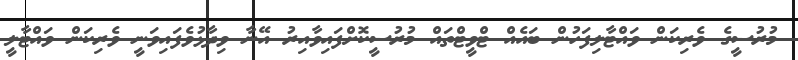
މުރުސީގެ ވެރިކަން ވައްޓާލިފަހުން ބައެއް ޓްވީޓްތައް މުރުސީކޮށްފައިވާއިރު އޭނާ ވިދާޅުވެފައިވަނީ ވެރިކަން ވައްޓާލީ